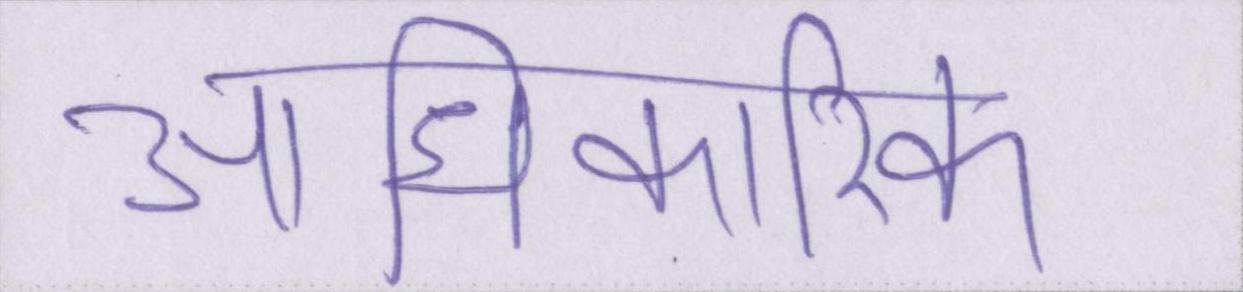
आधिकारिक